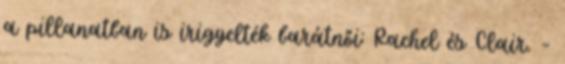
a pillanatban is irigyelték barátnői: Rachel és Clair. –